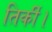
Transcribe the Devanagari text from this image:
तिर्की।